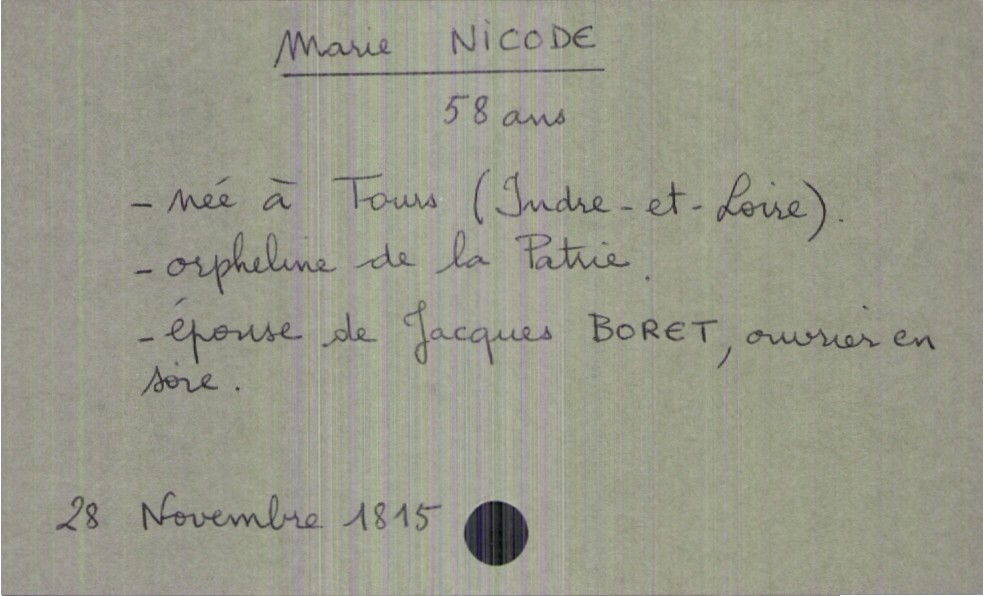
type_acte: Décès
année: 1815
mois: novembre
jour: 28
observations: parents inconnus : orpheline de la Patrie
défunt_nom: Nicode
défunt_prénom: Marie
défunt_sexe: F
défunt_âge: 58 ans
défunt_lieu_de_naissance: Tours (Indre-et-Loire)
défunt_statut: marié(e)